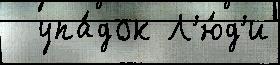
  упа́док Л'ю́д'и